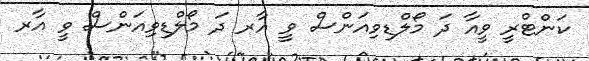
ކަންޓްރީ ވީއާ ދަ މޯލްޑިވިއަންސް ވީ އާރ ދަ މޯލްޑިވިއަންސް ވީ އާރ